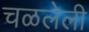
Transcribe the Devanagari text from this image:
चळलेली